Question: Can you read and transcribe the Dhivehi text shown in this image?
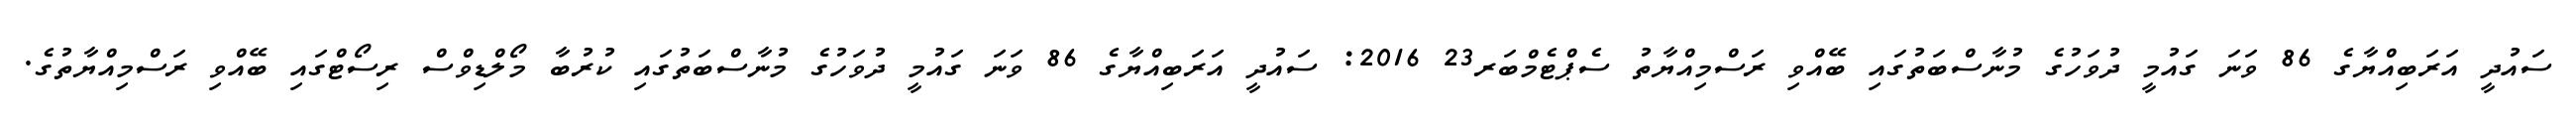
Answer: ސައުދީ އަރަބިއްޔާގެ 86 ވަނަ ގައުމީ ދުވަހުގެ މުނާސްބަތުގައި ބޭއްވި ރަސްމިއްޔާތު ސެޕްޓެމްބަރ23 2016: ސައުދީ އަރަބިއްޔާގެ 86 ވަނަ ގައުމީ ދުވަހުގެ މުނާސްބަތުގައި ކުރުބާ މޯލްޑިވްސް ރިސޯޓްގައި ބޭއްވި ރަސްމިއްޔާތުގެ.